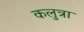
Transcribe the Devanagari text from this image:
कलुत्रा